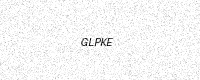
Text: GLPKE